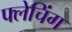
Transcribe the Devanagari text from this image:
फ्लेचिंग